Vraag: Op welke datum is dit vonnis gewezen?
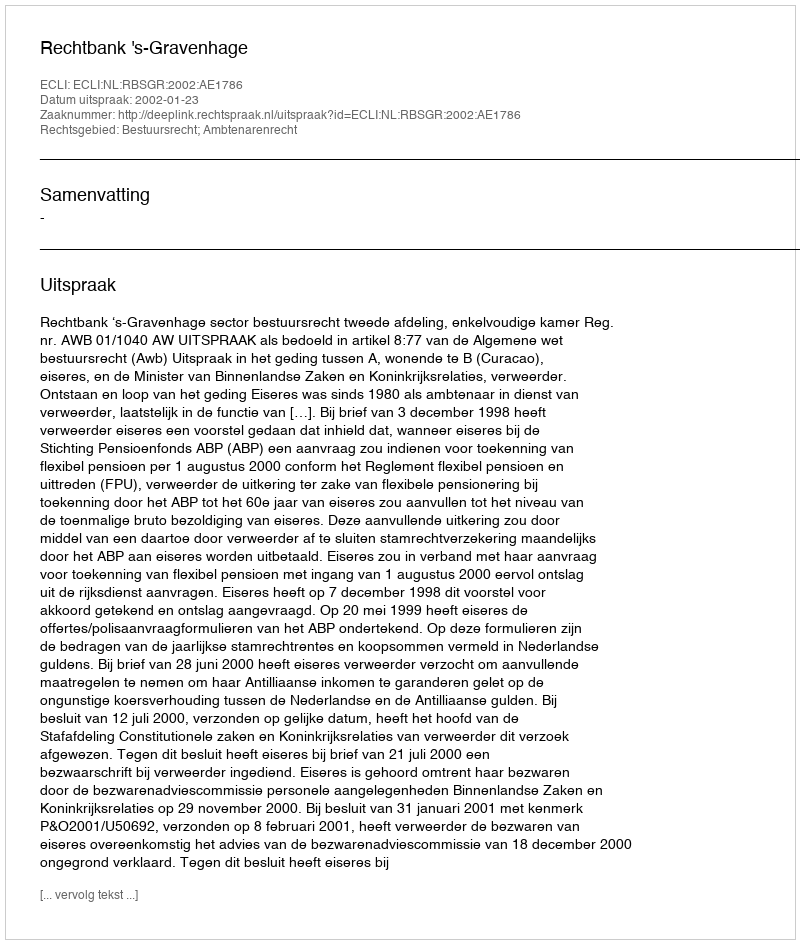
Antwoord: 2002-01-23